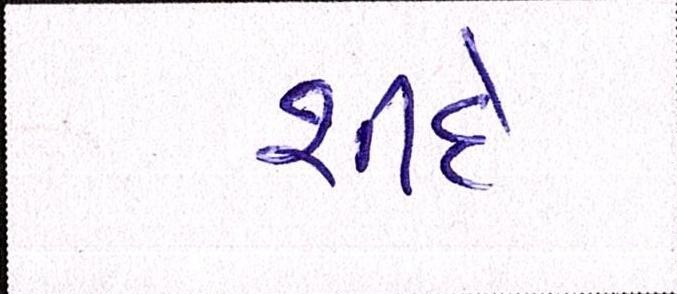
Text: શીંદે